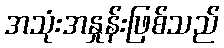
အသုံးအနှုန်းဖြစ်သည်